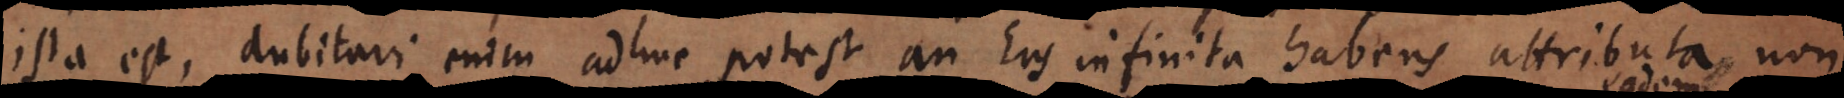
ista est, dubitari enim adhuc potest an Ens infinita habens attributa non